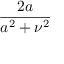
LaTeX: \frac { 2 a } { a ^ { 2 } + \nu ^ { 2 } }